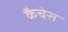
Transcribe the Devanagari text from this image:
कैचेस